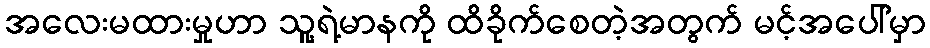
အလေးမထားမှုဟာ သူ့ရဲ့မာနကို ထိခိုက်စေတဲ့အတွက် မင့်အပေါ်မှာ